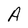
Character: A